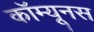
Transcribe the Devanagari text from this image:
कॉम्यूनस